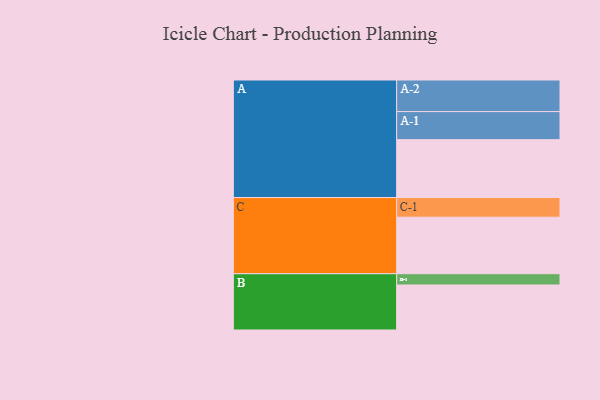
{"axis": {"x": "Segment", "y": "Value"}, "legend": ["", "A", "B", "C"], "data": [{"x": "A", "y": 513, "type": ""}, {"x": "B", "y": 399, "type": ""}, {"x": "C", "y": 501, "type": ""}, {"x": "A-1", "y": 249, "type": "A"}, {"x": "A-2", "y": 280, "type": "A"}, {"x": "B-1", "y": 100, "type": "B"}, {"x": "C-1", "y": 174, "type": "C"}]}